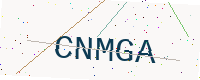
Text: CNMGA